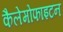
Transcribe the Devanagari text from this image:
कैलेमोफाइटन